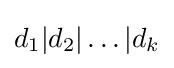
d_{1}|d_{2}|\ldots |d_{k}